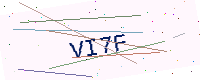
Text: VI7F